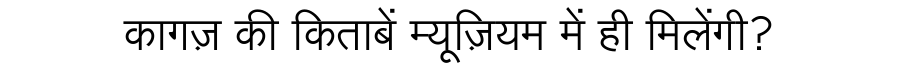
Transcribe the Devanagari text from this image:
कागज़ की किताबें म्यूज़ियम में ही मिलेंगी?